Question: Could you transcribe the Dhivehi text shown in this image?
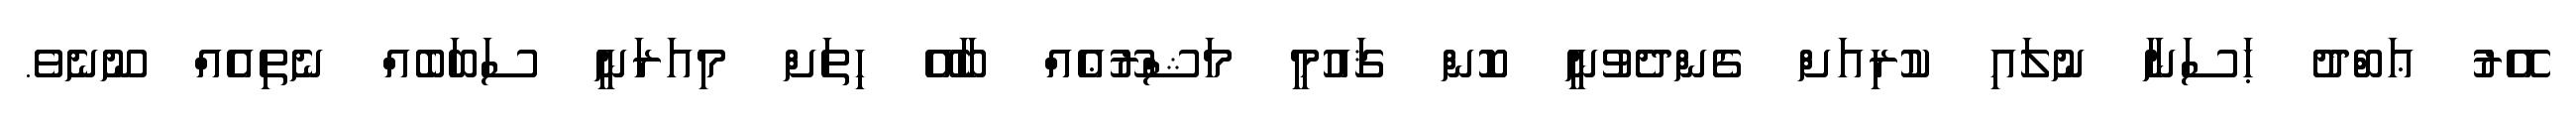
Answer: އޭރު ޢަބްދު ޙަސަނާ ނުލައި ކުރިއަށް ގެންދެވުނީ ކޮން ޤައުމީ މަޝްރޫޢެއް ބާއޭ ހިތަށް މިއަރަނީ ސަބަބެއް ނެތިއެއް ނޫނެވެ.